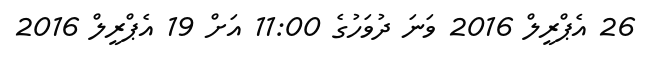
26 އެޕްރީލް 2016 ވަނަ ދުވަހުގެ 11:00 އަށް 19 އެޕްރީލް 2016